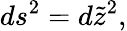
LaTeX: ds^{2}=d\tilde{z}^{2},